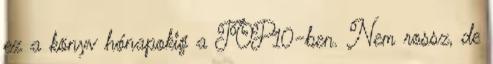
ez a könyv hónapokig a TOP10-ben. Nem rossz, de